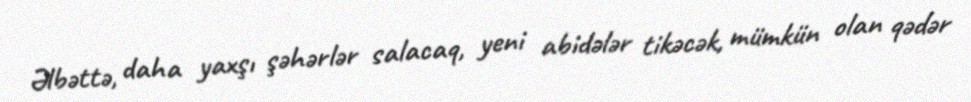
Əlbəttə, daha yaxşı şəhərlər salacaq, yeni abidələr tikəcək, mümkün olan qədər